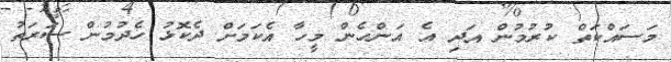
މަސައްކަތް ކުރުމުން އަދި އެ އަންހެން މީހާ އެކަމަށް ދެކޮޅު ހެދުމުން ސަރަތު